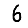
Digit: 6